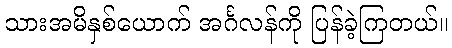
သားအမိနှစ်ယောက် အင်္ဂလန်ကို ပြန်ခဲ့ကြတယ်။